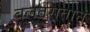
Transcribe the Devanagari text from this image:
बलतसतान